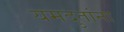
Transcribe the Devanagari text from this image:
यमदुतांना